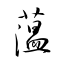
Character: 薀